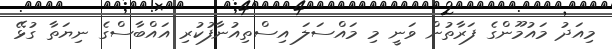
މިއަދު މައުމޫންގެ ފަރާތުން ވަނީ މި މައްސަލަ އިސްތިއުނާފުކުރި އައްބާސްގެ ނިޔަތާ ގުޅޭ